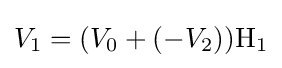
V_{1}=(V_{0}+(-V_{2}))\mathrm {H_{1}}